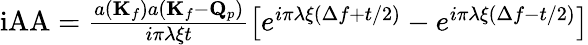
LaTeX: \begin{array}{l}{\mathrm{iAA}=\frac{a(\mathbf{K}_{f})a(\mathbf{K}_{f}-\mathbf{Q}_{p})}{i\pi\lambda\xi t}\left[e^{i\pi\lambda\xi(\Delta f+t/2)}-e^{i\pi\lambda\xi(\Delta f-t/2)}\right]}\end{array}